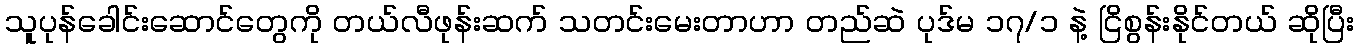
သူပုန်ခေါင်းဆောင်တွေကို တယ်လီဖုန်းဆက် သတင်းမေးတာဟာ တည်ဆဲ ပုဒ်မ ၁၇/၁ နဲ့ ငြိစွန်းနိုင်တယ် ဆိုပြီး